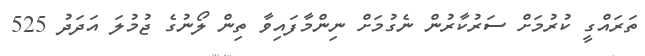
ތަރައްގީ ކުރުމަށް ސަރުކާރުން ނެގުމަށް ނިންމާފައިވާ ތިން ލޯނުގެ ޖުމުލަ އަދަދު 525